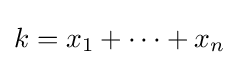
k=x_{1}+\cdots +x_{n}